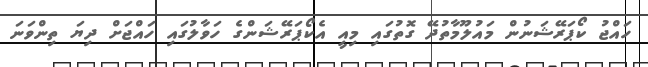
ހައްޖު ކޯޕަރޭޝަނުން މައުލޫމާތުދޭ ގޮތުގައި މިއީ އެކޯޕަރޭޝަންގެ ހަވާލުގައި ހައްޖަށް ދިޔަ ތިންވަނަ